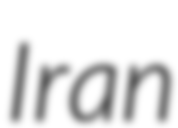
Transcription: Iran